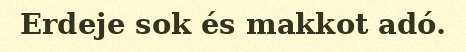
Erdeje sok és makkot adó.